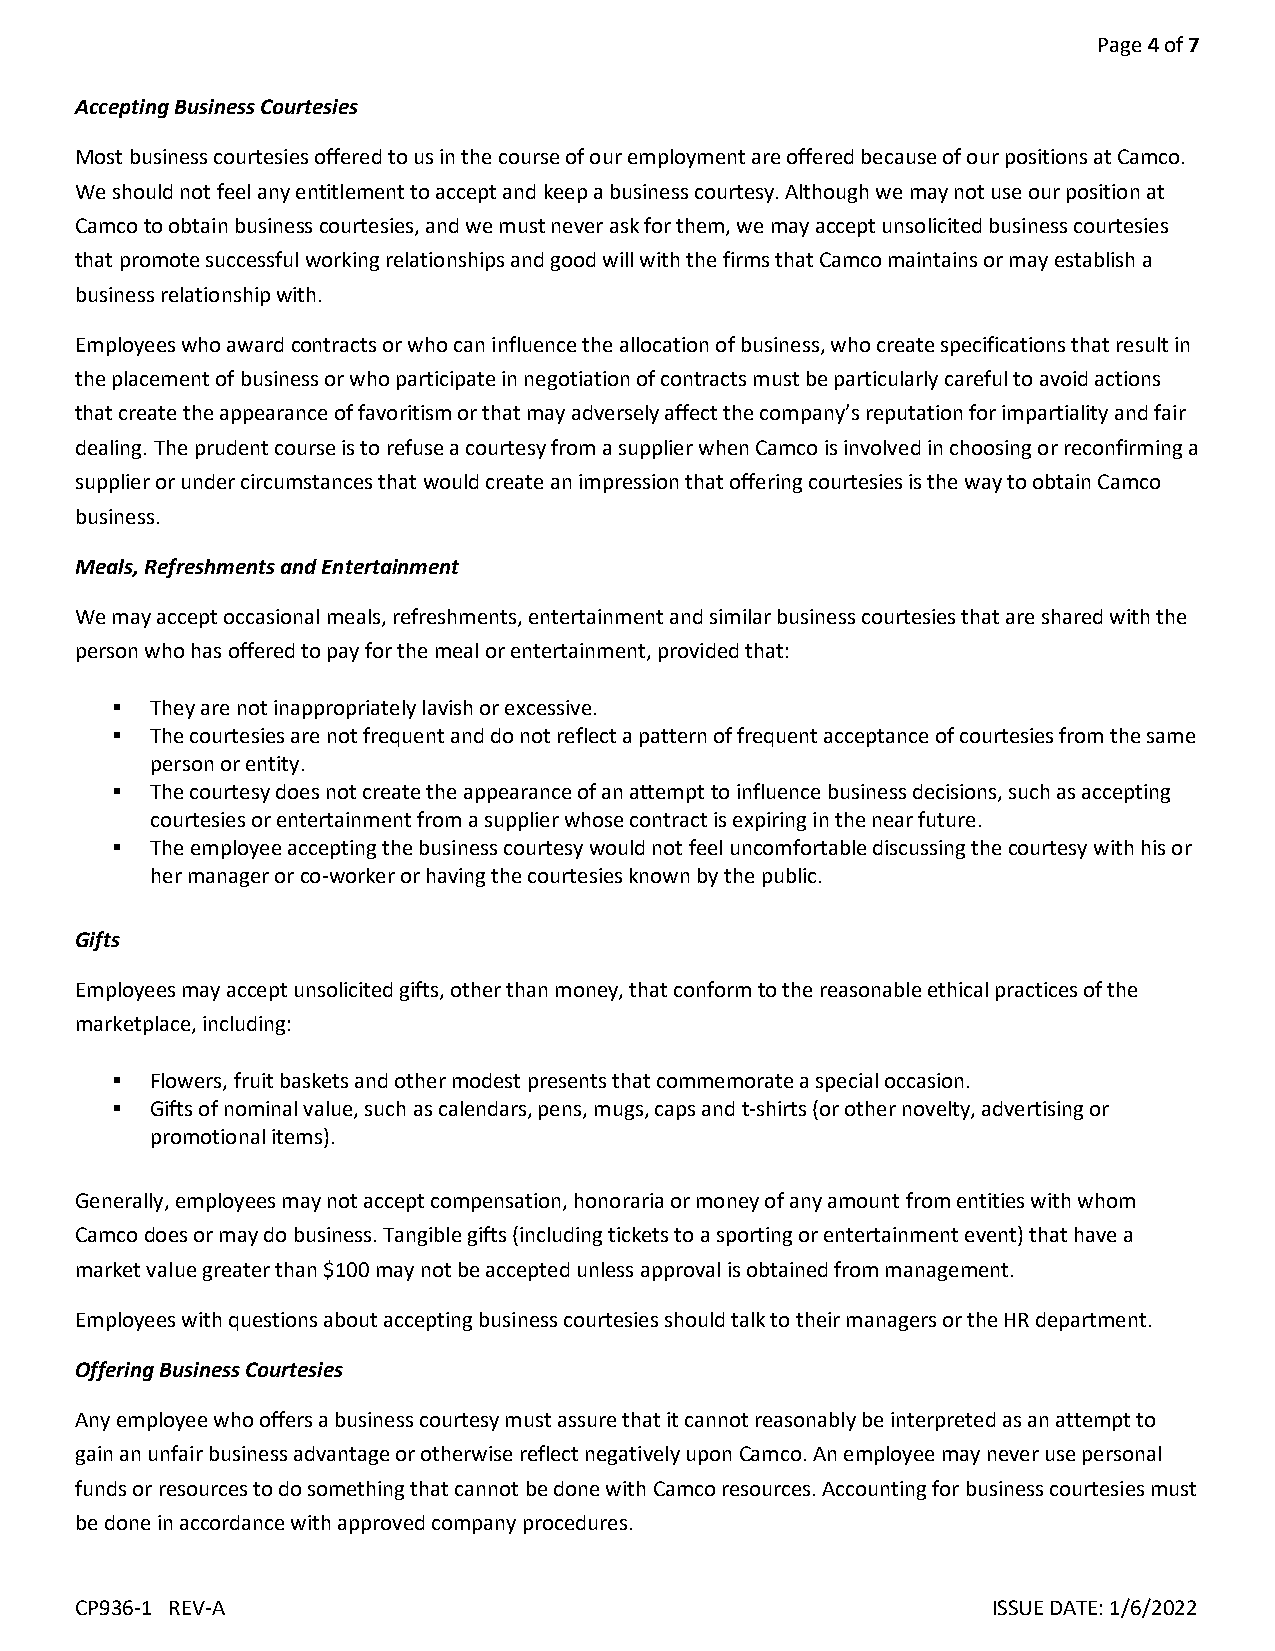
Page 4 of 7
 Accepting Business Courtesies
 Most business courtesies offered to us in the course of our employment are offered because of our positions at Camco.
 We should not feel any entitlement to accept and keep a business courtesy. Although we may not use our position at
 Camco to obtain business courtesies, and we must never ask for them, we may accept unsolicited business courtesies
 that promote successful working relationships and good will with the firms that Camco maintains or may establish a
 business relationship with.
 Employees who award contracts or who can influence the allocation of business, who create specifications that result in
 the placement of business or who participate in negotiation of contracts must be particularly careful to avoid actions
 that create the appearance of favoritism or that may adversely affect the company’s reputation for impartiality and fair
 dealing. The prudent course is to refuse a courtesy from a supplier when Camco is involved in choosing or reconfirming a
 supplier or under circumstances that would create an impression that offering courtesies is the way to obtain Camco
 business.
 Meals, Refreshments and Entertainment
 We may accept occasional meals, refreshments, entertainment and similar business courtesies that are shared with the
 person who has offered to pay for the meal or entertainment, provided that:
   They are not inappropriately lavish or excessive.
   The courtesies are not frequent and do not reflect a pattern of frequent acceptance of courtesies from the same
 person or entity.
   The courtesy does not create the appearance of an attempt to influence business decisions, such as accepting
 courtesies or entertainment from a supplier whose contract is expiring in the near future.
   The employee accepting the business courtesy would not feel uncomfortable discussing the courtesy with his or
 her manager or co-worker or having the courtesies known by the public.
 Gifts
 Employees may accept unsolicited gifts, other than money, that conform to the reasonable ethical practices of the
 marketplace, including:
   Flowers, fruit baskets and other modest presents that commemorate a special occasion.
   Gifts of nominal value, such as calendars, pens, mugs, caps and t-shirts (or other novelty, advertising or
 promotional items).
 Generally, employees may not accept compensation, honoraria or money of any amount from entities with whom
 Camco does or may do business. Tangible gifts (including tickets to a sporting or entertainment event) that have a
 market value greater than $100 may not be accepted unless approval is obtained from management.
 Employees with questions about accepting business courtesies should talk to their managers or the HR department.
 Offering Business Courtesies
 Any employee who offers a business courtesy must assure that it cannot reasonably be interpreted as an attempt to
 gain an unfair business advantage or otherwise reflect negatively upon Camco. An employee may never use personal
 funds or resources to do something that cannot be done with Camco resources. Accounting for business courtesies must
 be done in accordance with approved company procedures.
 CP936-1 REV-A                                                ISSUE DATE: 1/6/2022